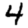
Digit: 4